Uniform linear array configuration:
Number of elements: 48
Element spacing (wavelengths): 0.5
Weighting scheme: hann
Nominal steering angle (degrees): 45
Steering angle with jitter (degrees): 44.522
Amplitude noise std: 0.05
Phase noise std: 0.05

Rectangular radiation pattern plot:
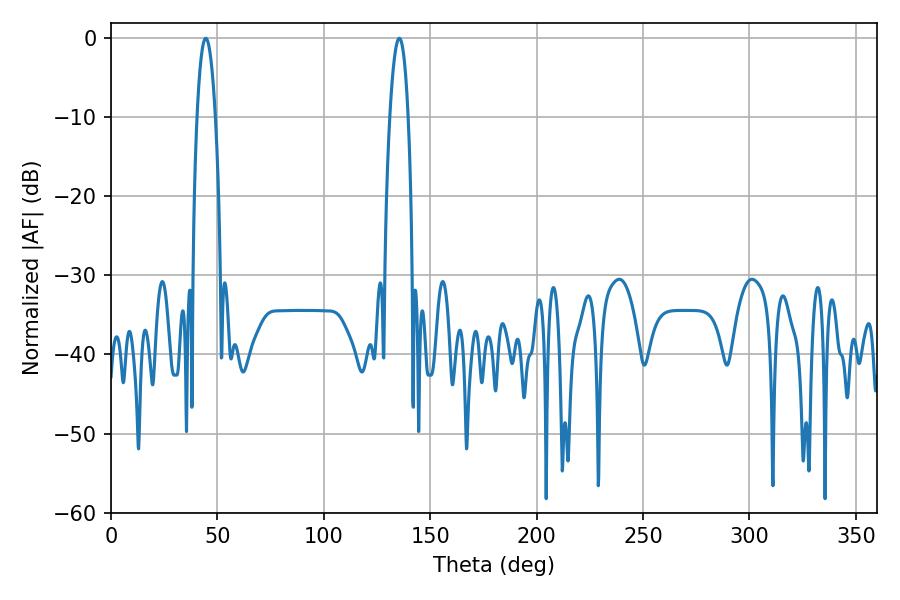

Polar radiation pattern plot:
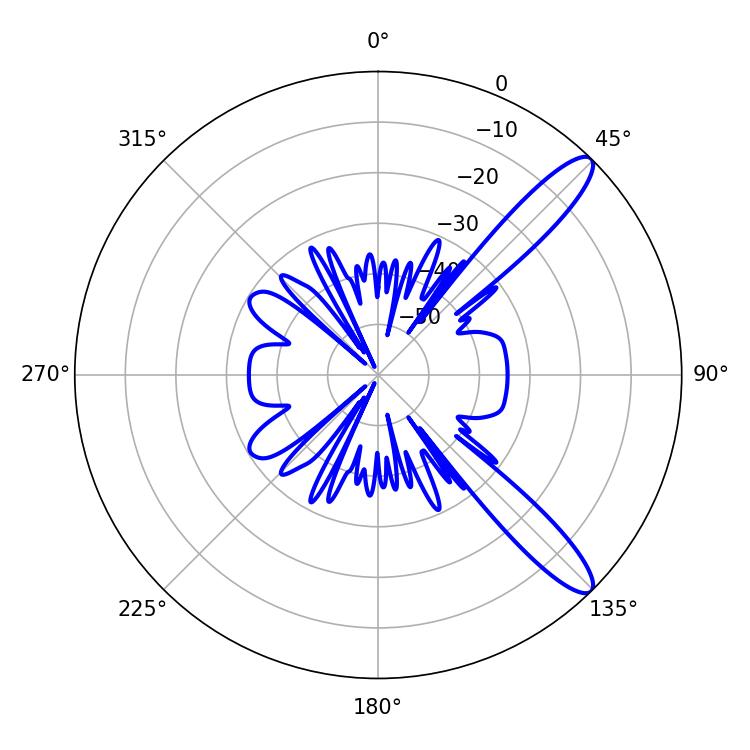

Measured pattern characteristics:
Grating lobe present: FALSE
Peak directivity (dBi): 12.004
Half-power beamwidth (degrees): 4.68
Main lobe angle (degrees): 44.46